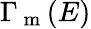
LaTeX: \Gamma_{\mathrm{~m~}}(E)